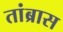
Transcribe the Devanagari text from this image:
तांब्रास